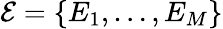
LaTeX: \mathcal{E}=\{ E_{1},\dots,E_{M}\}